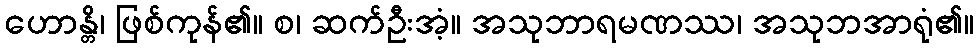
ဟောန္တိ၊ ဖြစ်ကုန်၏။ စ၊ ဆက်ဦးအံ့။ အသုဘာရမဏဿ၊ အသုဘအာရုံ၏။